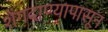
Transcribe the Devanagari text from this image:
शेंगदाण्यापासून